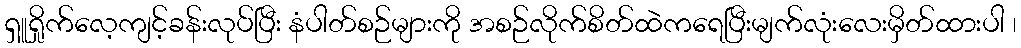
ရှူရှိုက်လေ့ကျင့်ခန်းလုပ်ပြီး နံပါတ်စဉ်များကို အစဉ်လိုက်စိတ်ထဲကရေပြီးမျက်လုံးလေးမှိတ်ထားပါ ၊